Plague in India, 1896, 1897 - Volume 1
Year: 1896
Disease focus: Plague
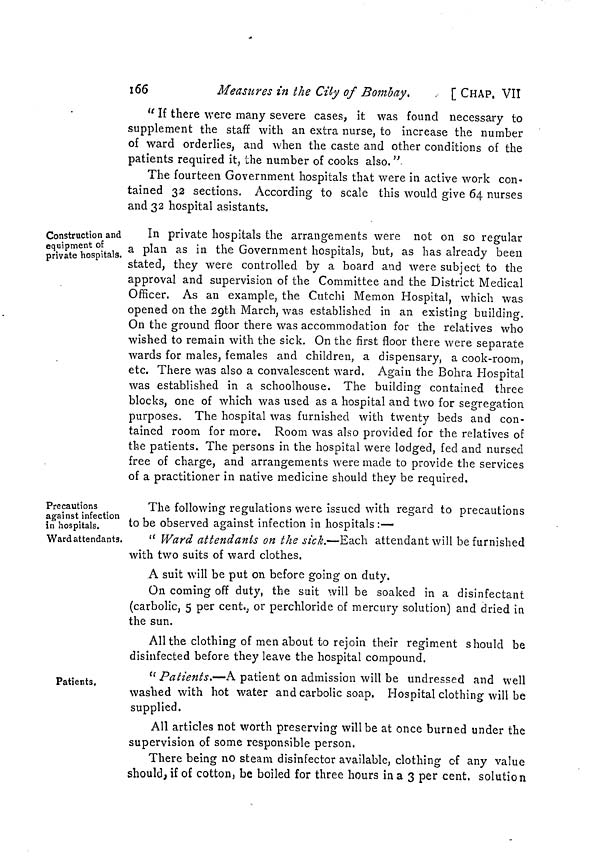
106
Measures in the City of Bombay,
[ CHAP, VII
" If there were many severe cases, it was found necessary to
supplement the staff with an extra nurse, to increase the number
of ward orderlies, and when the caste and other conditions of the
patients required it, the number of cooks also. "
The fourteen Government hospitals that were in active work con«
tained 32 sections. According to scale this would give 64 nurses
and 32 hospital asistants.
Construction and
equipment of
private hospitals.
In private hospitals the arrangements were not on so regular
a plan as in the Government hospitals, but, as has already been
stated, they were controlled by a board and were subject to the
approval and supervision of the Committee and the District Medical
Officer. As an example, the Cutchi Memon Hospital, which was
opened on the 29th March, was established in an existing building.
On the ground floor there was accommodation for the relatives who
wished to remain with the sick. On the first floor there were separate
wards for males, females and children, a dispensary, a cook-room,
etc. There was also a convalescent ward. Again the Bohra Hospital
was established in a schoolhouse. The building contained three
blocks, one of which was used as a hospital and two for segregation
purposes. The hospital was furnished with twenty beds and con-
tained room for more. Room was also provided for the relatives of
the patients. The persons in the hospital were lodged, fed and nursed
free of charge, and arrangements were made to provide the services
of a practitioner in native medicine should they be required.
Precautions
against infection
in hospitals.
Ward attendants.
The following regulations were issued with regard to precautions
to be observed against infection in hospitals :—
" Ward attendants on the sick.—Each attendant will be furnished
with two suits of ward clothes.
A suit will be put on before going on duty.
On coming off duty, the suit will be soaked in a disinfectant
(carbolic, 5 per cent., or perchloride of mercury solution) and dried in
the sun.
All the clothing of men about to rejoin their regiment should be
disinfected before they leave the hospital compound.
Patients.
" Patients.—A patient on admission will be undressed and well
washed with hot water and carbolic soap. Hospital clothing will be
supplied.
All articles not worth preserving will be at once burned under the
supervision of some responsible person.
There being no steam disinfector available, clothing of any value
should, if of cotton, be boiled for three hours in a 3 per cent, solution